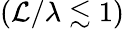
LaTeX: (\mathcal{L}/\lambda\lesssim1)